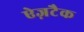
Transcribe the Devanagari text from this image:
ऐज़टैक